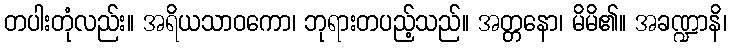
တပါးတုံလည်း။ အရိယသာဝကော၊ ဘုရားတပည့်သည်။ အတ္တနော၊ မိမိ၏။ အခဏ္ဍာနိ၊